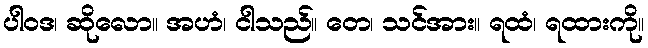
ပါဝဒ၊ ဆိုလော။ အဟံ၊ ငါသည်။ တေ၊ သင်အား။ ရထံ၊ ရထားကို။